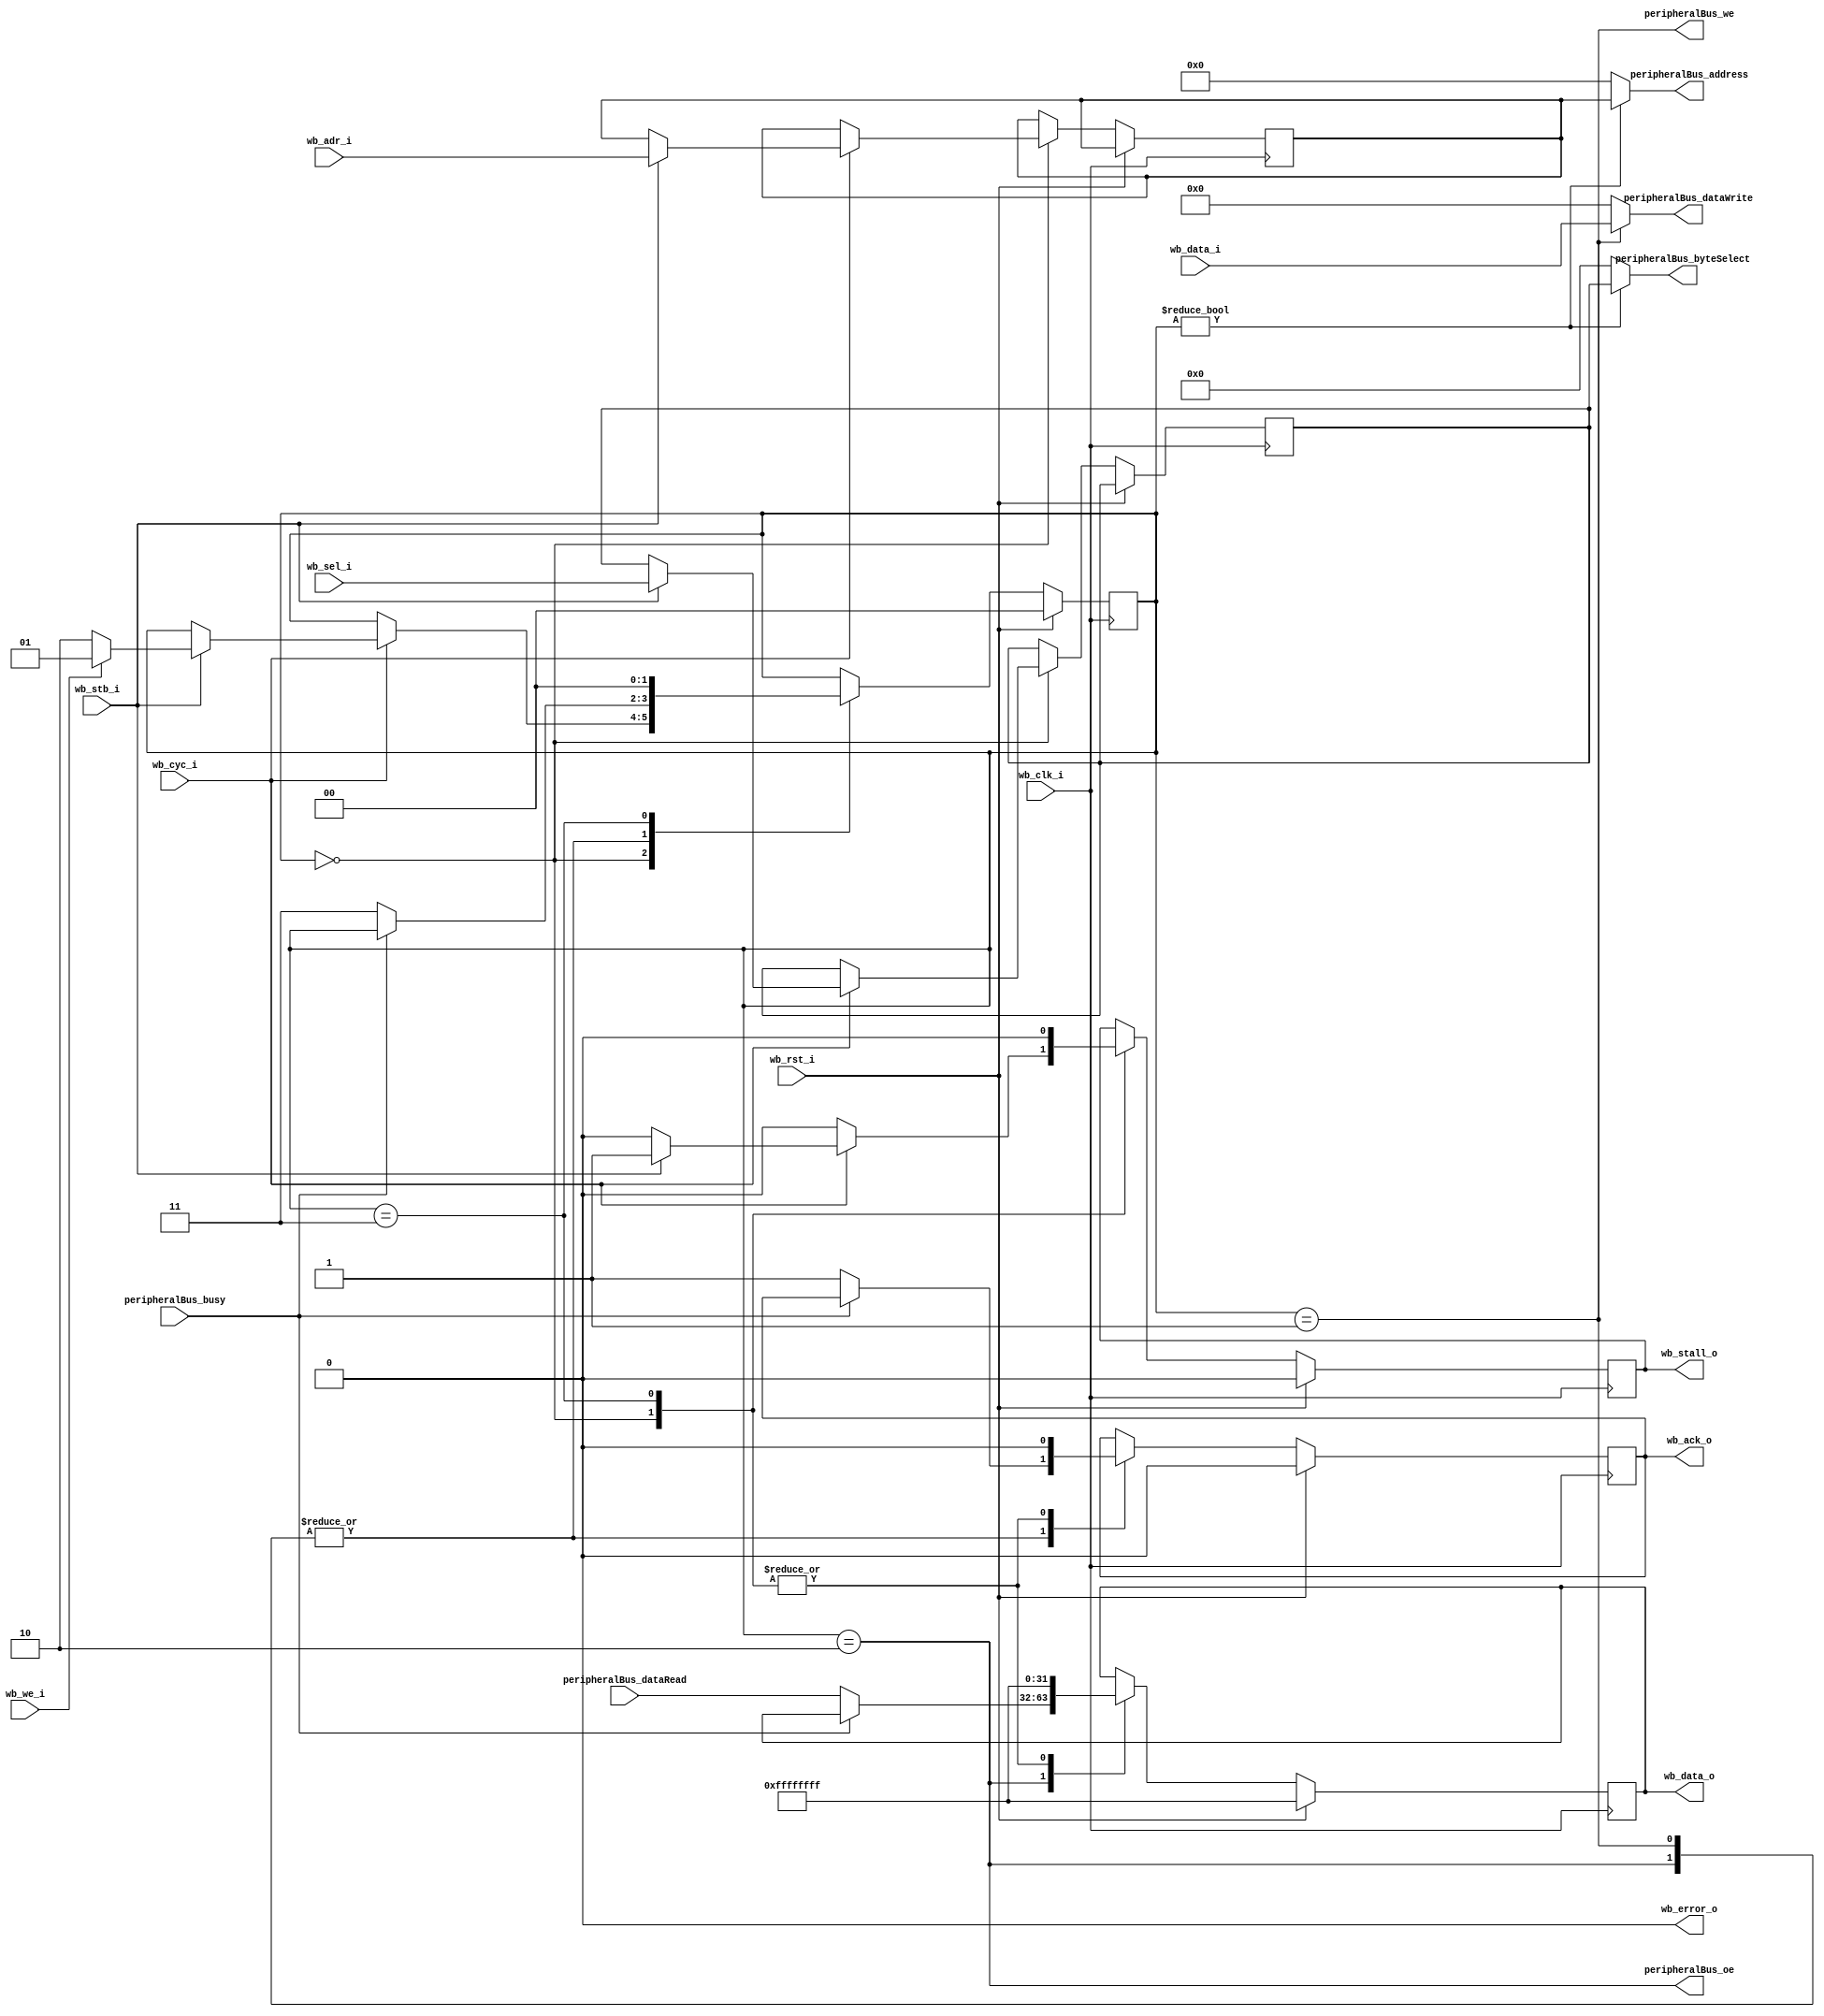
module WBPeripheralBusInterface (
`ifdef USE_POWER_PINS
		inout vccd1,	// User area 1 1.8V supply
		inout vssd1,	// User area 1 digital ground
`endif

		// Wishbone Slave ports
		input wire wb_clk_i,
		input wire wb_rst_i,
		input wire wb_stb_i,
		input wire wb_cyc_i,
		input wire wb_we_i,
		input wire[3:0] wb_sel_i,
		input wire[31:0] wb_data_i,
		input wire[23:0] wb_adr_i,
		output wire wb_ack_o,
		output wire wb_stall_o,
		output wire wb_error_o,
		output wire[31:0] wb_data_o,

		// Peripheral Bus
		output wire peripheralBus_we,
		output wire peripheralBus_oe,
		input wire peripheralBus_busy,
		output wire[23:0] peripheralBus_address,
		output wire[3:0] peripheralBus_byteSelect,
		input wire[31:0] peripheralBus_dataRead,
		output wire[31:0] peripheralBus_dataWrite
	);
	
	localparam STATE_IDLE  		  = 2'h0;
	localparam STATE_WRITE_SINGLE = 2'h1;
	localparam STATE_READ_SINGLE  = 2'h2;
	localparam STATE_FINISH 	  = 2'h3;
	
	reg[1:0] state = STATE_IDLE;
	reg[23:0] currentAddress;
	reg[3:0] currentByteSelect;
	reg[31:0] currentDataIn;

	reg stall = 1'b0;
	reg acknowledge = 1'b0;
	reg[31:0] dataRead_buffered;

	always @(posedge wb_clk_i) begin
		if (wb_rst_i) begin
			state <= STATE_IDLE;
			stall <= 1'b0;
			acknowledge <= 1'b0;
			dataRead_buffered <= ~32'b0;
		end else begin
			case (state)
				STATE_IDLE: begin
					stall <= 1'b0;
					acknowledge <= 1'b0;
					dataRead_buffered <= ~32'b0;

					if (wb_cyc_i) begin
						if (wb_stb_i) begin
							currentAddress <= wb_adr_i;
							currentByteSelect <= wb_sel_i;
							currentDataIn <= wb_data_i;
							stall <= 1'b1;

							if (wb_we_i) begin
								state <= STATE_WRITE_SINGLE;
							end else begin
								state <= STATE_READ_SINGLE;
							end
						end
					end
				end

				STATE_WRITE_SINGLE: begin
					if (!peripheralBus_busy) begin
						state <= STATE_FINISH;
						acknowledge <= 1'b1;
					end
				end

				STATE_READ_SINGLE: begin
					if (!peripheralBus_busy) begin
						state <= STATE_FINISH;
						acknowledge <= 1'b1;
						dataRead_buffered <= peripheralBus_dataRead;
					end
				end

				STATE_FINISH: begin
					state <= STATE_IDLE;
					stall <= 1'b0;
					acknowledge <= 1'b0;
					dataRead_buffered <= ~32'b0;
				end

				default: begin
					state <= STATE_IDLE;
					stall <= 1'b0;
					acknowledge <= 1'b0;
				end
			endcase
		end
	end

	// Connect wishbone bus signals
	assign wb_ack_o = acknowledge;
	assign wb_stall_o = stall;
	assign wb_error_o = 1'b0;

	// Connect peripheral bus signals
	assign peripheralBus_we = state == STATE_WRITE_SINGLE;
	assign peripheralBus_oe = state == STATE_READ_SINGLE;

	assign peripheralBus_address = state != STATE_IDLE ? currentAddress : 24'b0;
	assign peripheralBus_byteSelect = state != STATE_IDLE ? currentByteSelect : 4'b0;

	assign wb_data_o = dataRead_buffered;
	assign peripheralBus_dataWrite = state == STATE_WRITE_SINGLE ? wb_data_i : 32'b0;

endmodule